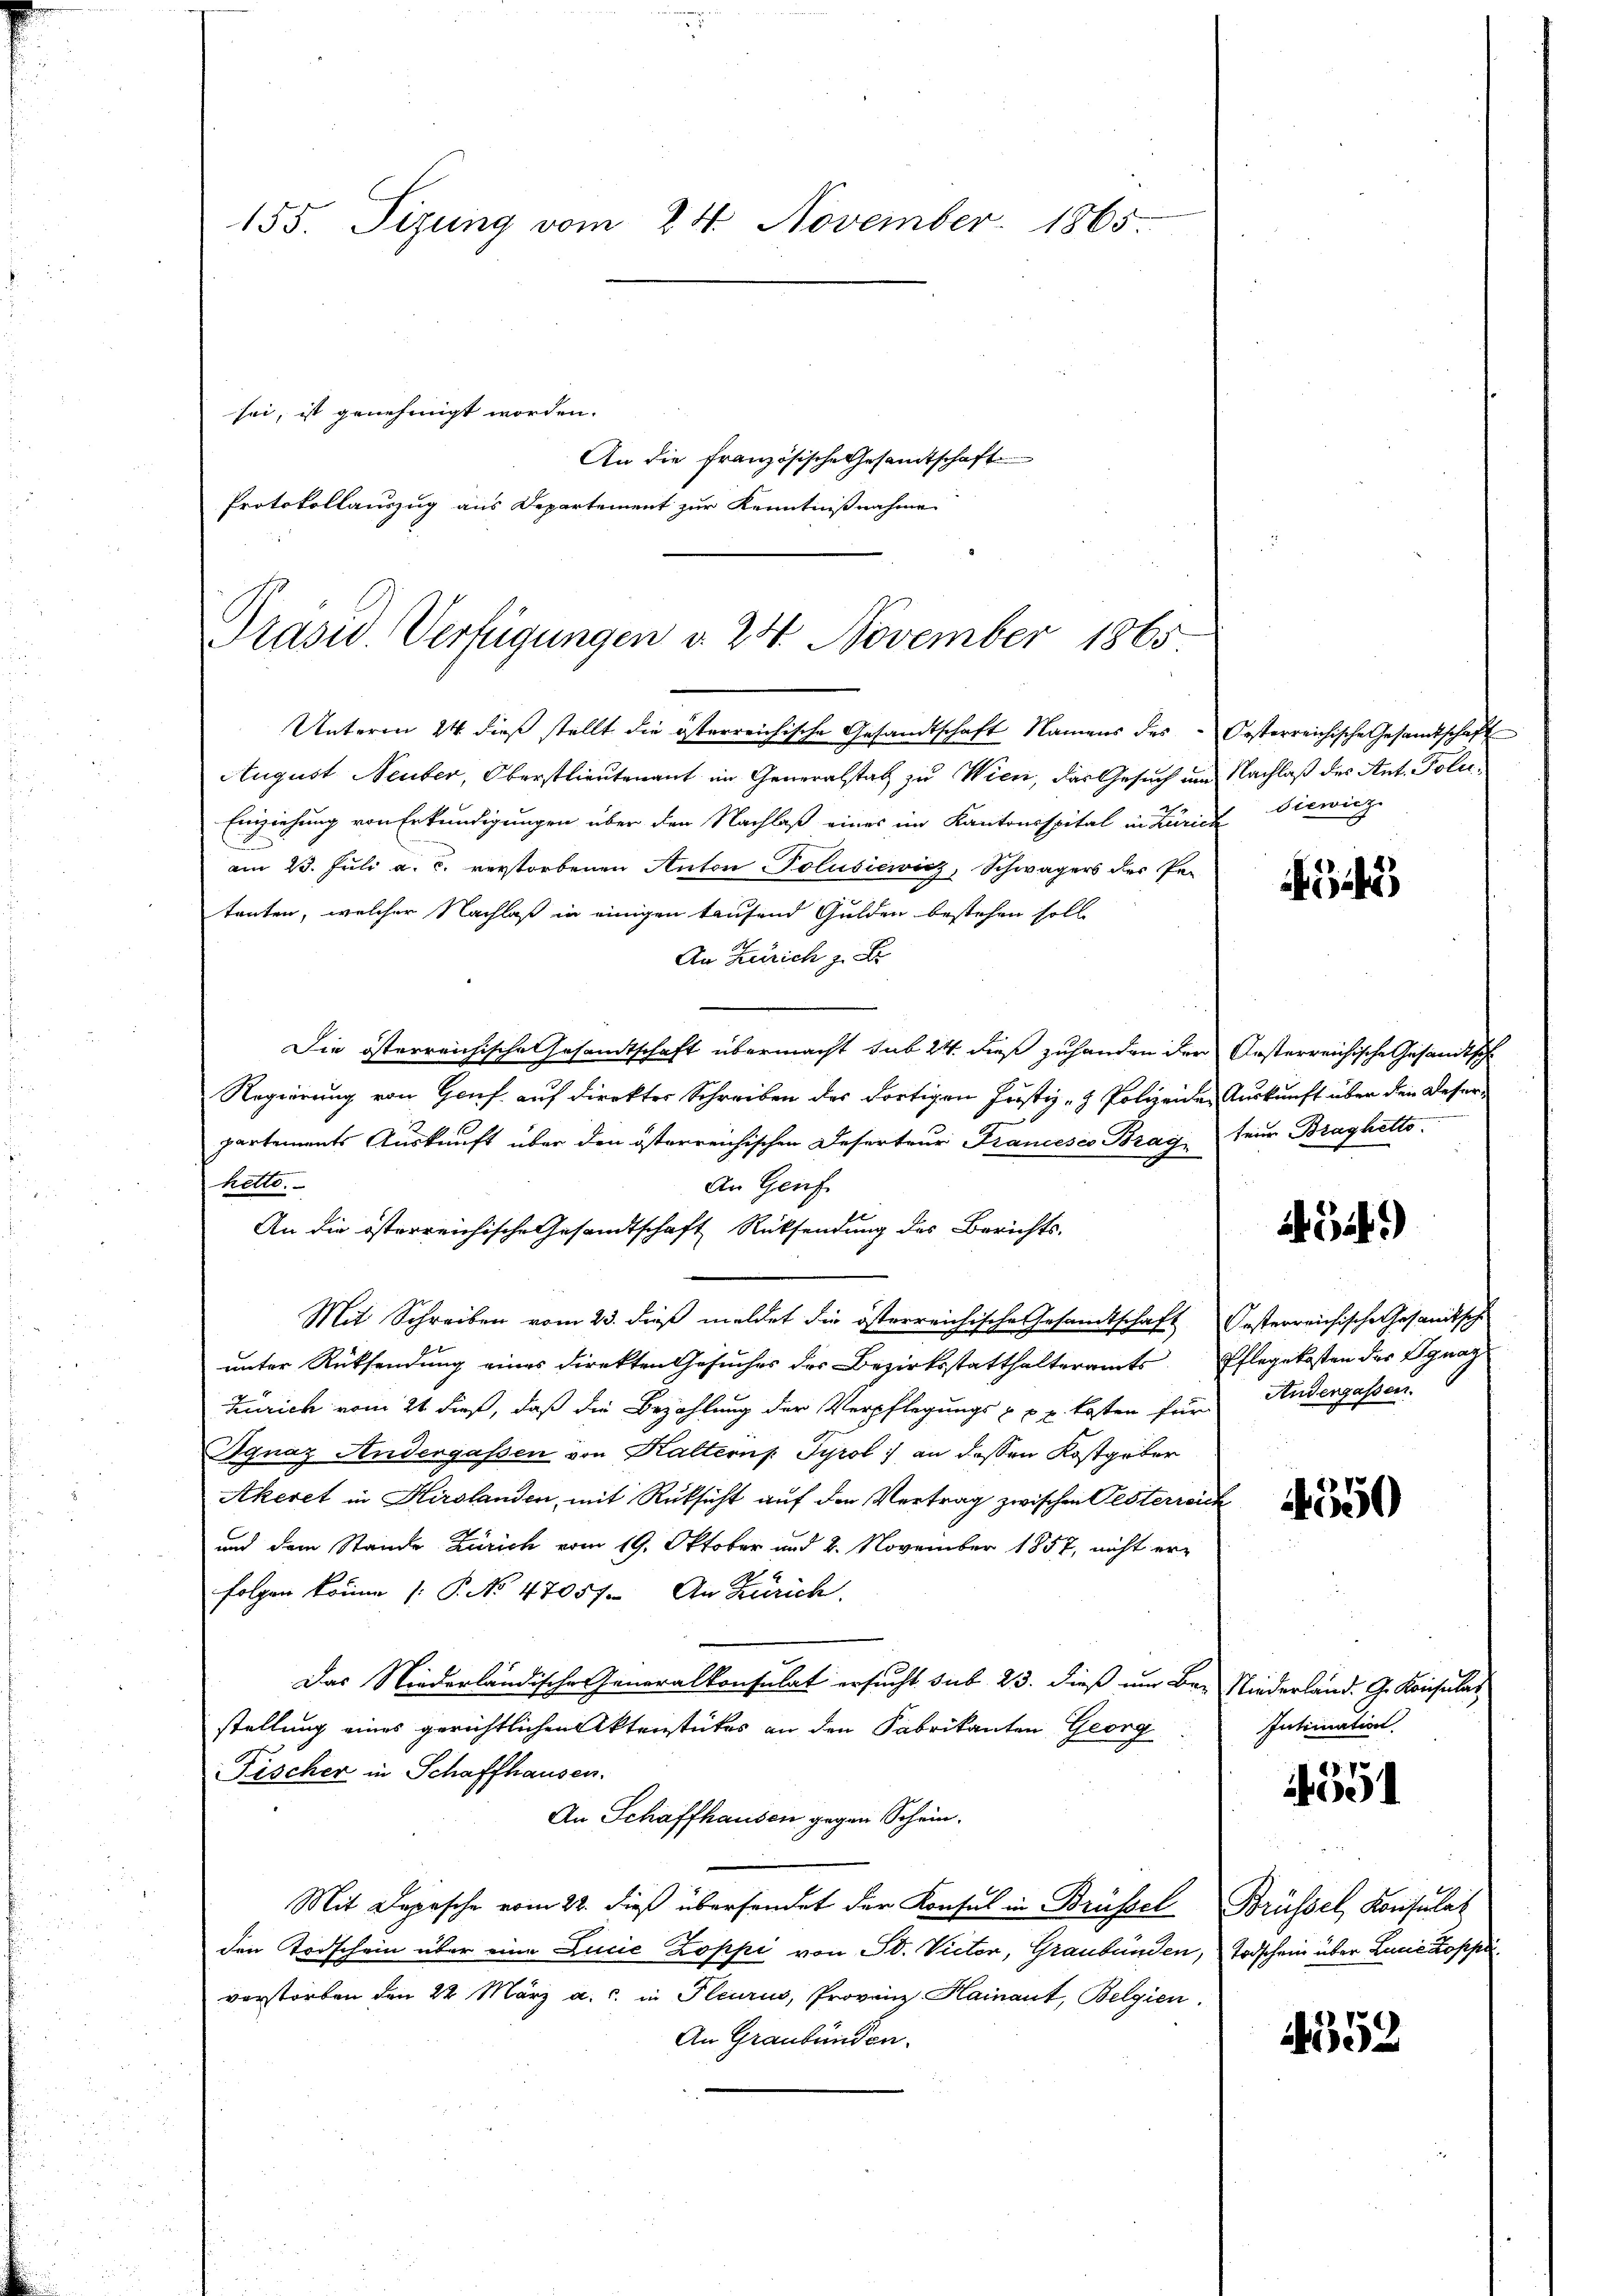
155. Sizung vom 24. November 1865.
sei, ist genehmigt worden.
An die französische Gesamtschaft
Protokollauszug aus Departement zur Kenntnißnahme

Prasw. Verfügungen d. 24. November 1865

Unteren 24. dieß stellt die österreichische Gesandtschaft Namens des Oesterreichische Gesandtschaft
August Neuber, Oberstlieutenant im Generalstat zu Wien, das Gesuch und Nachlaß des Ant. Poli¬
Einziehung von Erkundigungen über den Nachlaß eines im Kantonsspital in Zürich diewicz
am 23. Juli a. c. verstorbenen Anton Polusiewicz, Schwägers des Pe-
tonten, welcher Nachlaß in einigen kaufend Gulden bestehen soll
An Zürich z. B.
Die österreichische Gesandtschaft übermacht sub 24 dieß zuhanden der Oesterreichische Gesandtsche
Regierung von Genf auf direktes Schreiben des dortigen Justiz- & Polizeiden Auskunft über den Deserpartements Auskunft über den österreichischen Deserteur Francesco Brag feier Braghetto.
hetto.
An Genf
An die österreichische Gesandtschaft Rücksendung des Berichts-
Mit Schreiben vom 23. dieß meldet die österreichische Gesandtschaft Oesterreichische Gesandtsche
unter Rücksendung eines direkten Gesuches des Bezirksstatthalteramts Pflegekosten der Dynay
Zürich vom 21 dieß, daß die Bezahlung der Verpflegungs zu u. kosten für Andergassen.
Ignaz Andergassen von Haltern Tyrol :/ an dessen Kostgeber
Akeret in Hirslanden, mit Rüksicht auf den Vertrag zwischen Oesterreich
und dem Stande Zürich vom 19. Oktober und 8. November 1857, nicht erfolgen könne : P. No 47057. An Zürich.
Das Niederländische Generalkonsulat ersucht sub 23. dieß um Be- Niederland. G. Konsular
stellung eines gerichtlichen Aktenstückes an den Fabrikanten Georg
Fischer in Schaffhausen.
An Schaffhausen gegen Schein.
Mit Depesche vom 22. dieß übersendet der Konsul in Brüssel Brüssel, Konsulat
den Todschein über eine Lucie Zoppi von St. Victor, Graubünden, Todschein über Linie Koppe
verstorben den 22. März a. c. in Pleurus, Provinz Hainant, Belgien
An Graubünden.

542)

3. 354)

4550

Intimation.
.70

400

.

4552